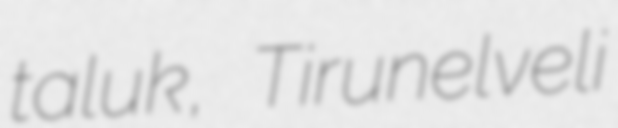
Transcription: taluk, Tirunelveli